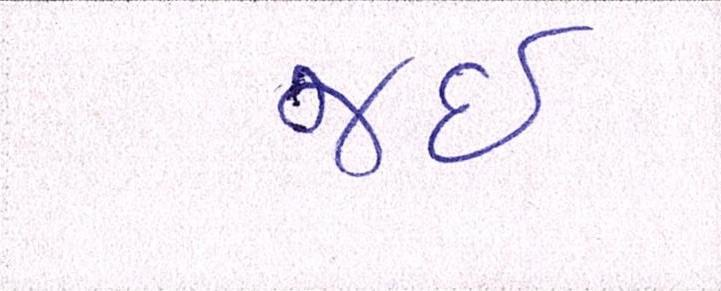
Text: જઈ